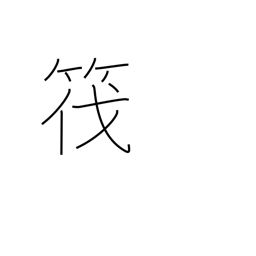
Meaning: raft